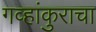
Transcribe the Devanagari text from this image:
गव्हांकुराचा